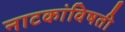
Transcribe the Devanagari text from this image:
नाटकांविषती